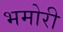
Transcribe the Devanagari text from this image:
भमोरी